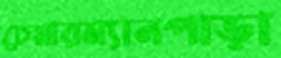
চেয়ারম্যানপাড়া